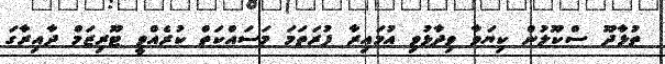
ތުޅާދޫ ސްކޫލުން ކިޔަވާ ވިދާޅުވި އުމައިރާ ފުރަތަމަ މަސައްކަތް ކުރެއްވީ ޓޫރިޒަމް ދާއިރާގަ